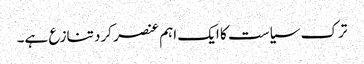
ترک سیاست کا ایک اہم عنصر کرد تنازع ہے۔